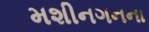
મશીનગનના